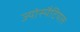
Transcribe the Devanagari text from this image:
ज्योस्पैटियल